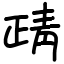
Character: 靕